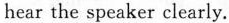
hear the speaker clearly.